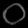
Digit: ၀